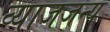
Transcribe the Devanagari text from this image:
व्याजजन्य